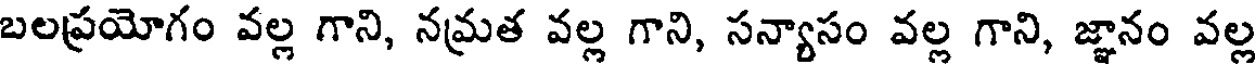
బలప్రయోగం వల్ల గాని, నమ్రత వల్ల గాని, సన్యాసం వల్ల గాని, జ్ఞానం వల్ల